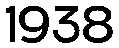
1938